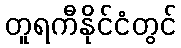
တူရကီနိုင်ငံတွင်